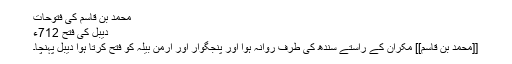
محمد بن قاسم کی فتوحات
دیبل کی فتح 712ء
[[محمد بن قاسم]] مکران کے راستے سندھ کی طرف روانہ ہوا اور پنجگوار اور ارمن بیلہ کو فتح کرتا ہوا دیبل پہنچا۔